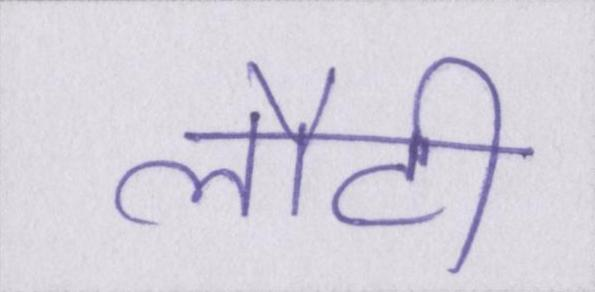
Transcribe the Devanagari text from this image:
लौटी